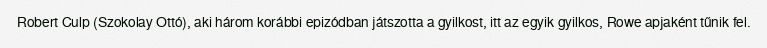
Robert Culp (Szokolay Ottó), aki három korábbi epizódban játszotta a gyilkost, itt az egyik gyilkos, Rowe apjaként tűnik fel.